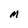
Character: M